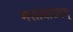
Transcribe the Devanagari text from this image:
भरतनाटयम्